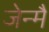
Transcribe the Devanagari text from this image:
जेन्मै